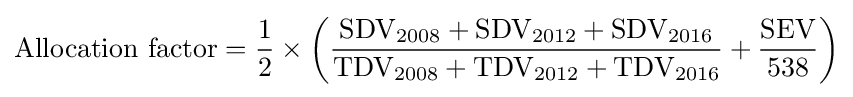
{\text{Allocation factor}}={1 \over 2}\times \left({{\text{SDV}}_{\text{2008}}+{\text{SDV}}_{\text{2012}}+{\text{SDV}}_{\text{2016}} \over {\text{TDV}}_{\text{2008}}+{\text{TDV}}_{\text{2012}}+{\text{TDV}}_{\text{2016}}}+{{\text{SEV}} \over 538}\right)